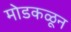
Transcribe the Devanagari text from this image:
मोडकळून